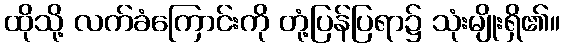
ထိုသို့ လက်ခံကြောင်းကို တုံ့ပြန်ပြရာ၌ သုံးမျိုးရှိ၏။